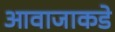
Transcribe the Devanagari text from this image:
आवाजाकडे